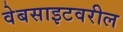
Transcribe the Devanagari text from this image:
वेबसाइटवरील